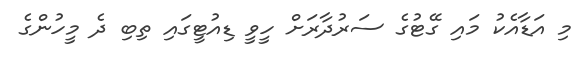
މި އަޑާއެކު މައި ގޭޓުގެ ސަރުދާރަށް ހީވީ ޑިއުޓީގައި ތިބި ދެ މީހުންގެ